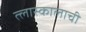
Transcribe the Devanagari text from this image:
त्लास्कालाची